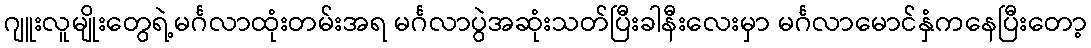
ဂျူးလူမျိုးတွေရဲ့မင်္ဂလာထုံးတမ်းအရ မင်္ဂလာပွဲအဆုံးသတ်ပြီးခါနီးလေးမှာ မင်္ဂလာမောင်နှံကနေပြီးတော့